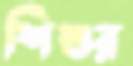
শিশুর